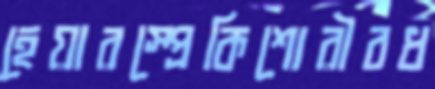
হেয়ারস্প্রেকিশোরীবধ